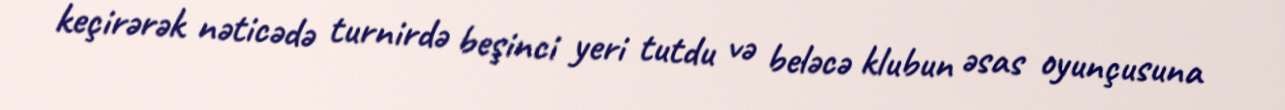
keçirərək nəticədə turnirdə beşinci yeri tutdu və beləcə klubun əsas oyunçusuna